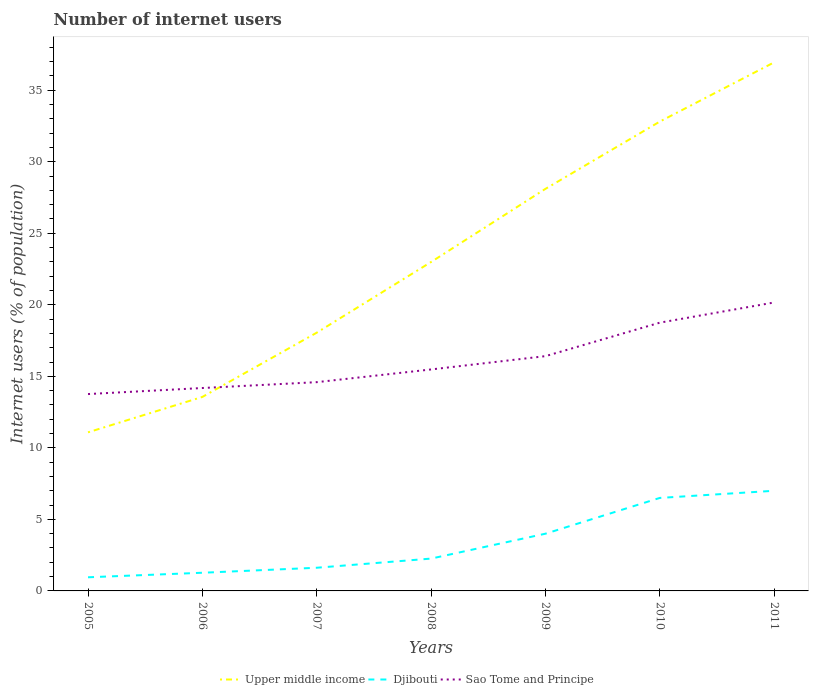
| Years | Upper middle income | Djibouti | Sao Tome and Principe |
 | --- | --- | --- | --- |
 | 2005 | 11.1 | 0.954 | 13.8 |
 | 2006 | 13.6 | 1.27 | 14.2 |
 | 2007 | 18.1 | 1.62 | 14.6 |
 | 2008 | 23 | 2.26 | 15.5 |
 | 2009 | 28.1 | 4 | 16.4 |
 | 2010 | 32.8 | 6.5 | 18.8 |
 | 2011 | 36.9 | 7 | 20.2 |